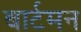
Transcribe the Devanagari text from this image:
बार्टमन